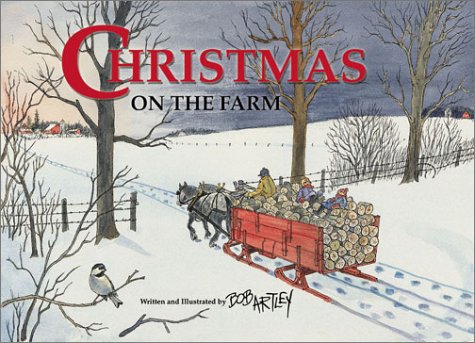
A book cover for Christmas on the Farm; Cookbooks, Food & Wine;